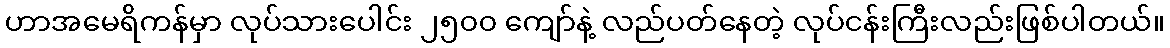
ဟာအမေရိကန်မှာ လုပ်သားပေါင်း ၂၅၀၀ ကျော်နဲ့ လည်ပတ်နေတဲ့ လုပ်ငန်းကြီးလည်းဖြစ်ပါတယ်။